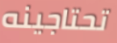
تحتاجينه